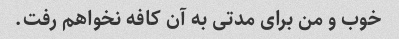
خوب و من برای مدتی به آن کافه نخواهم رفت.